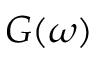
G ( \omega )